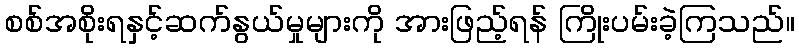
စစ်အစိုးရနှင့်ဆက်နွယ်မှုများကို အားဖြည့်ရန် ကြိုးပမ်းခဲ့ကြသည်။